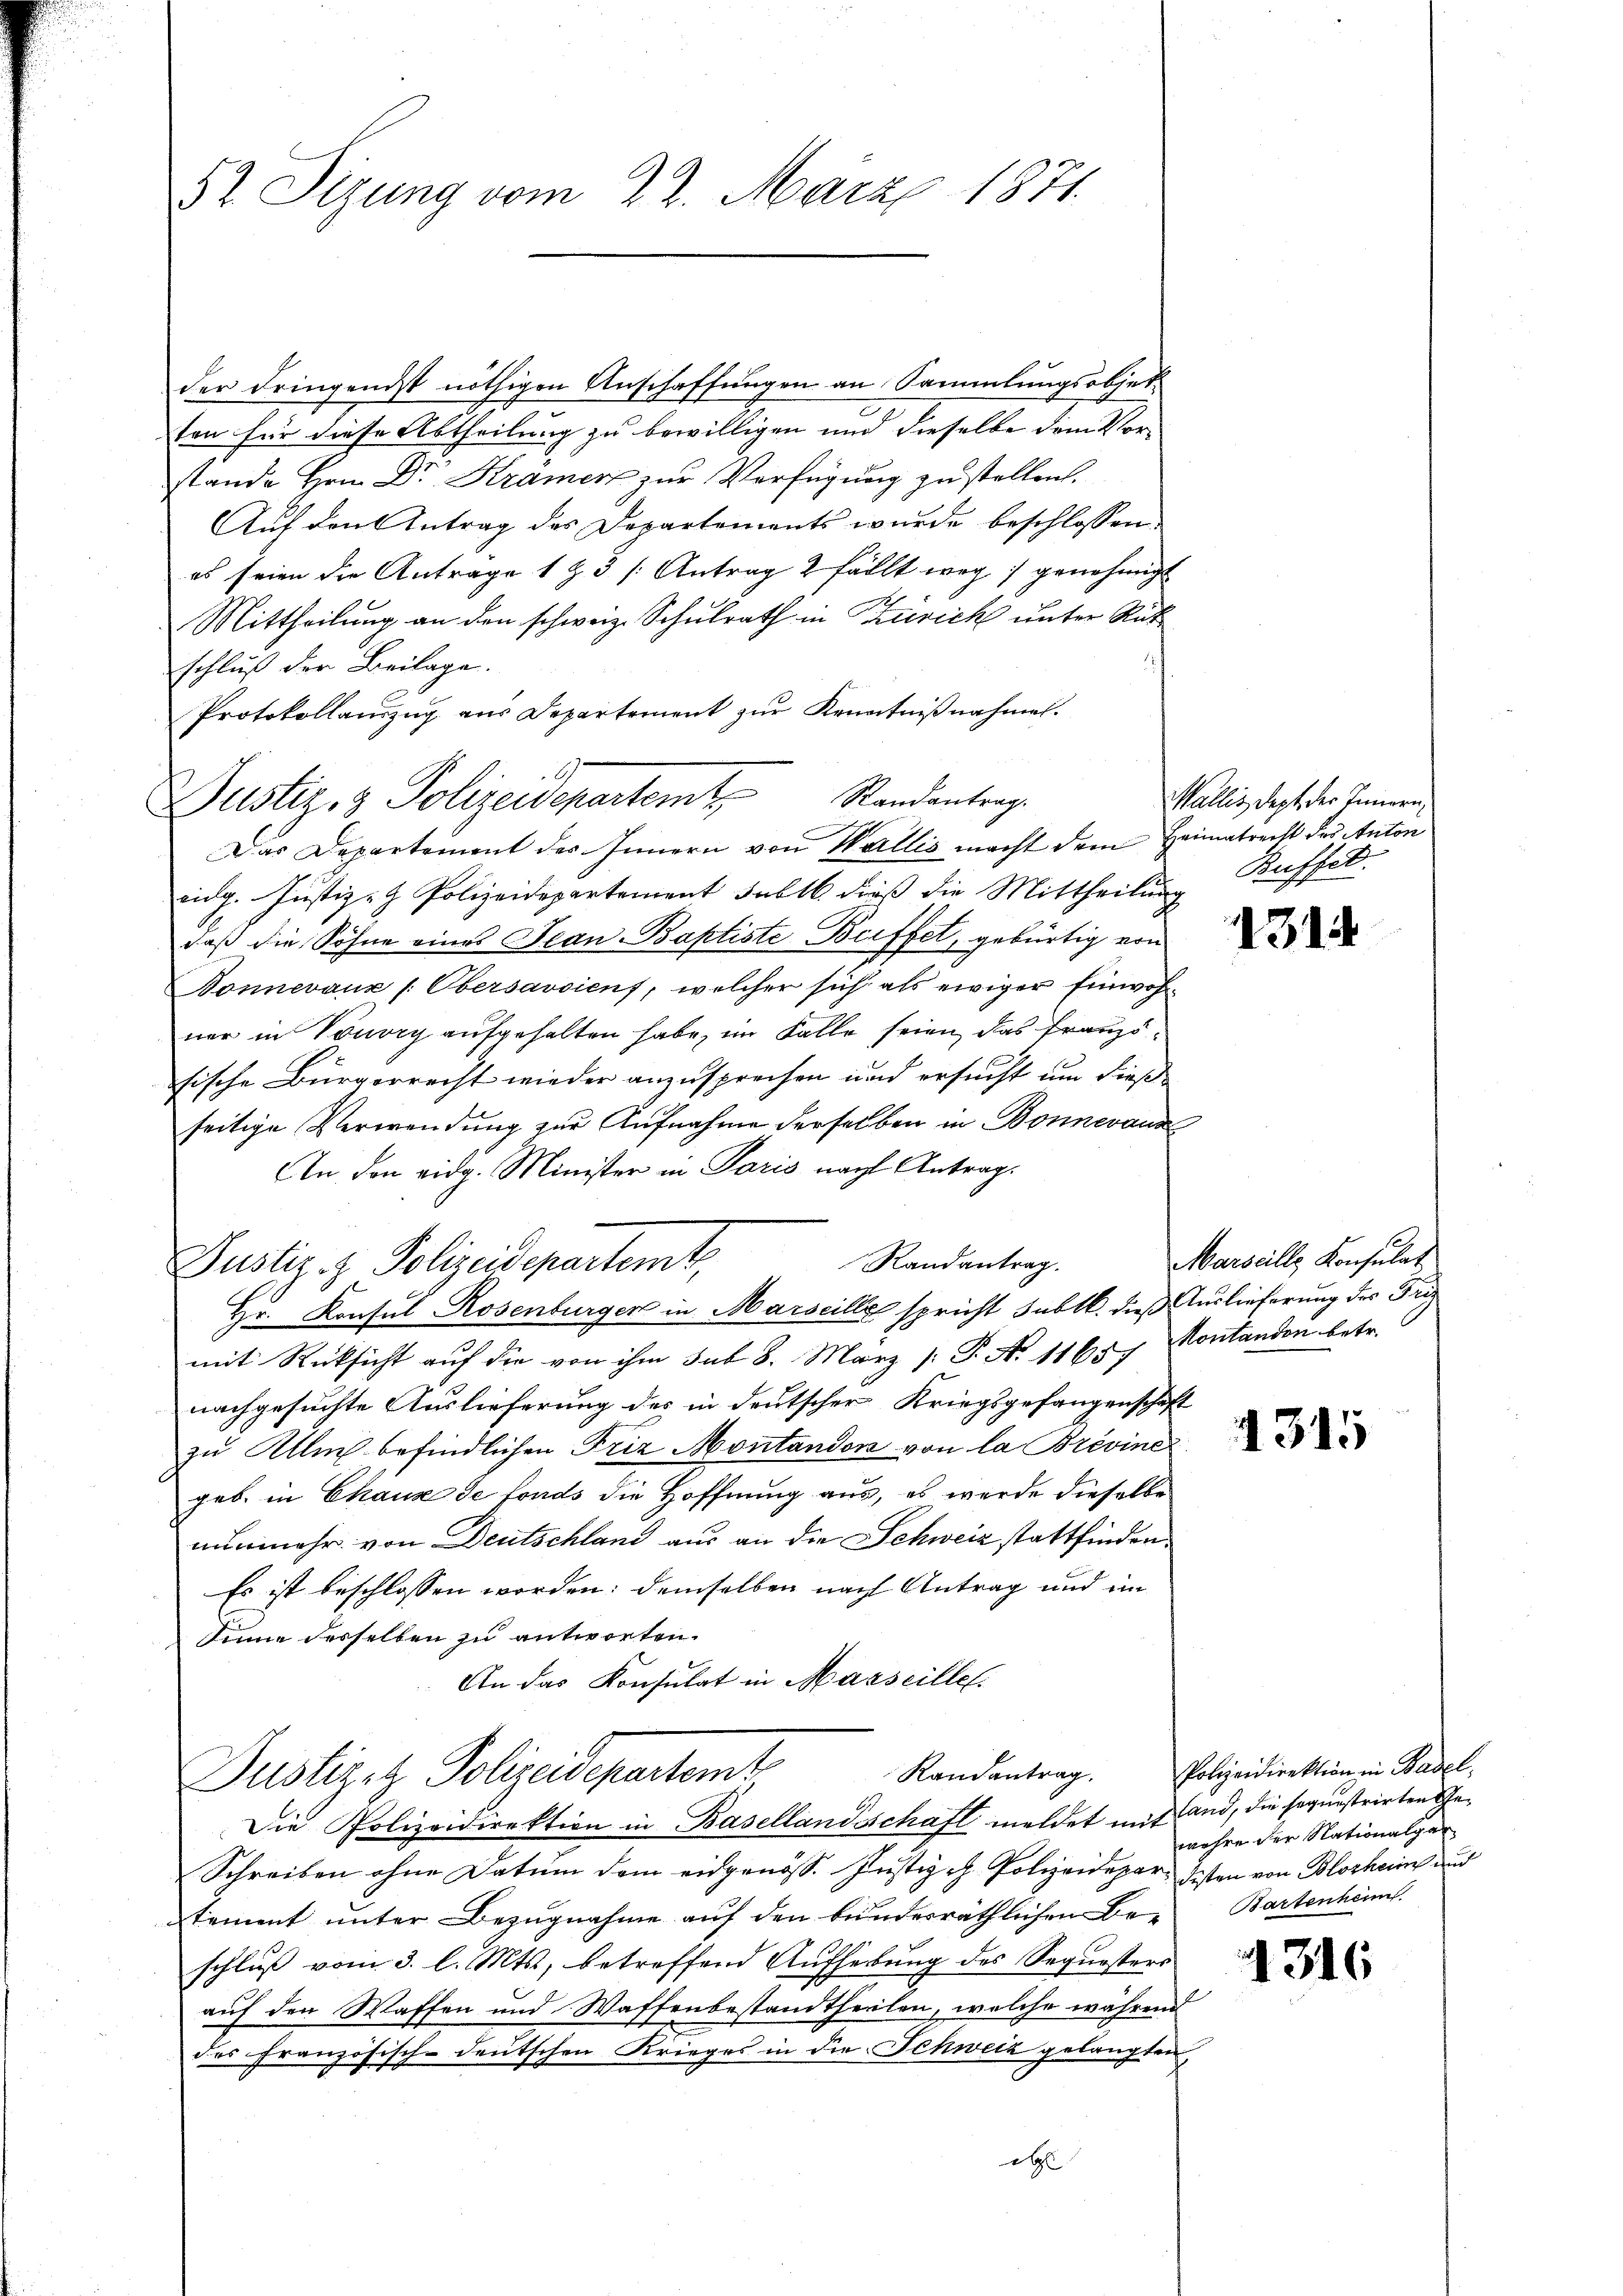
52 Sizung vom 22. März 1871.

der dringendst nöthigen Anschaffungen an Sammlungsobjetten für diese Abtheilung zu bewilligen und dieselbe dem Vor- |
stande Hrn. Dr. Kramer zur Verfügung zu stellen.
Aŭf den Antrag des Departements wurde beschlossen.
es seien die Anträge 1 & 3 /: Antrag 2 fällt weg genehmigt
Mittheilung an den schweiz. Schulrath in Zürich unter Rat
schluß der Beilage.
Protokollauszug aus Departement zur Kenntnißnahmen.
Justiz- & Polizeidepartemt Standentrag.
Das Departement des Innern von Wallis macht dem Heimatrecht der Anton
eidg. Justiz- & Polizeidepartement Fall dieß die Mittheilung
daß die Söhne eines Jean Baptiste Beiffet, gebürtig von
Bonnevaux /: Obersavsiens, welcher sich als ewiger Einwohner in Vouvry aufgehalten habe, im Falle seien, das Französische Bürgerrecht wieder anzusprechen und ersucht um dießseitige Verwendung zur Aufnahme derselben in Bonnevaux
An den eidg. Minister in Paris nach Antrag.
Randantrag.
Justiz- & Polizeidepartemt
Hr. Konsul Rosenburger in Marseille spricht subtl. dieß Auslieferung des Fri
mit Rücksicht auf die von ihm sub 8. März [ P. N. 11657 Montanden betr.
nachgesuchte Auslieferung des in deutscher Kriegsgefangenschaft
zu Alle befindlichen Friz Montanden von la Brevine
geb. in Chaux de fonds die Hoffnung aus, es werde dieselbe
nunmehr von Deutschland aus an die Schweiz stattfinden.
Es ist beschlossen worden: demselben nach Antrag und im
Sinne desselben zu antworten.
An das Konsulat in Marseille
Justizez Polizeidepartamt
Die Polizeidirektion in Basellandsschaft meldet mit and, die sequestrirten Ge¬
Schreiben ohne Datum dem eidgenöss. Justiz - Polizeidepar- Gesten von Blochen und
tement unter Bezugnahme auf den bunderräthlichen Be- Bartenheim.
schluß vom 3. l. Mts., betreffend Aufhebung des Sequesters
auf den Waffen und Waffenbestandtheilen, welche während
des französisch-deutschen Krieges in die Schweiz gelangten
e

Wallis, dept der Innern,
Kuffel.

1314

Marseille Konsulat

1315

Randantrag. Polizeidirektion in Basel,
wehre der Nationalgar

1316